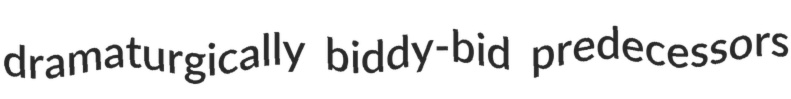
dramaturgically biddy-bid predecessors